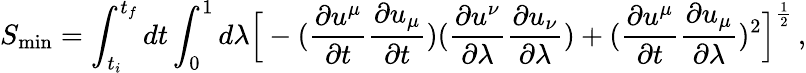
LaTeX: S_{\mathrm{min}}=\int_{t_{i}}^{t_{f}}dt\int_{0}^{1}d\lambda\Big[-({\frac{\partial u^{\mu}}{\partial t}}{\frac{\partial u_{\mu}}{\partial t}})({\frac{\partial u^{\nu}}{\partial\lambda}}{\frac{\partial u_{\nu}}{\partial\lambda}})+({\frac{\partial u^{\mu}}{\partial t}}{\frac{\partial u_{\mu}}{\partial\lambda}})^{2}\Big]^{\frac{1}{2}}\, ,